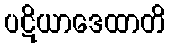
ပဋိယာဒေထာတိ